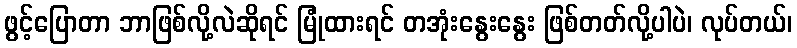
ဖွင့်ပြောတာ ဘာဖြစ်လို့လဲဆိုရင် မြုံထားရင် တအုံးနွေးနွေး ဖြစ်တတ်လို့ပါပဲ၊ လုပ်တယ်၊